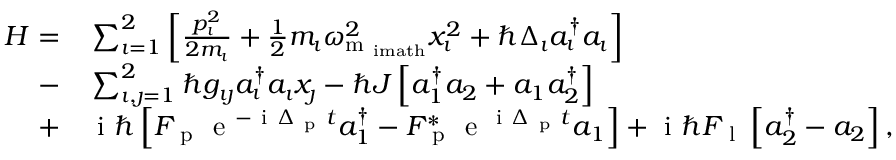
\begin{array} { r l } { H = } & { { } \sum _ { \imath = 1 } ^ { 2 } \left[ \frac { p _ { \imath } ^ { 2 } } { 2 m _ { \imath } } + \frac { 1 } { 2 } m _ { \imath } \omega _ { \mathrm { m _ { \ i m a t h } } } ^ { 2 } x _ { \imath } ^ { 2 } + \hbar \Delta _ { \imath } a _ { \imath } ^ { \dagger } a _ { \imath } \right] } \\ { - } & { { } \sum _ { \imath , \jmath = 1 } ^ { 2 } \hbar g _ { \imath \jmath } a _ { \imath } ^ { \dagger } a _ { \imath } x _ { \jmath } - \hbar J \left[ a _ { 1 } ^ { \dagger } a _ { 2 } + a _ { 1 } a _ { 2 } ^ { \dagger } \right] } \\ { + } & { { } \mathrm { ~ i ~ } \hbar \left[ F _ { \mathrm { ~ p ~ } } \mathrm { ~ e ~ } ^ { - \mathrm { ~ i ~ } \Delta _ { \mathrm { ~ p ~ } } t } a _ { 1 } ^ { \dagger } - F _ { \mathrm { ~ p ~ } } ^ { * } \mathrm { ~ e ~ } ^ { \mathrm { ~ i ~ } \Delta _ { \mathrm { ~ p ~ } } t } a _ { 1 } \right] + \mathrm { ~ i ~ } \hbar F _ { \mathrm { ~ l ~ } } \left[ a _ { 2 } ^ { \dagger } - a _ { 2 } \right] , } \end{array}